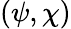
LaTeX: (\psi,\chi)